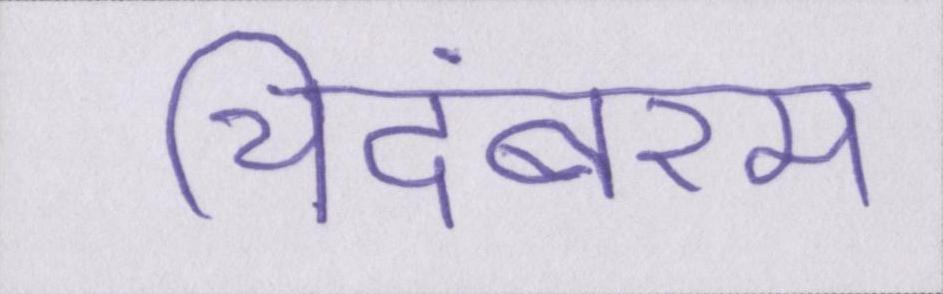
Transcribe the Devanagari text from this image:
चिदंबरम